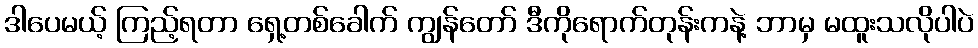
ဒါပေမယ့် ကြည့်ရတာ ရှေ့တစ်ခေါက် ကျွန်တော် ဒီကိုရောက်တုန်းကနဲ့ ဘာမှ မထူးသလိုပါပဲ